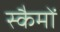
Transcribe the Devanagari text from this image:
स्कैमों